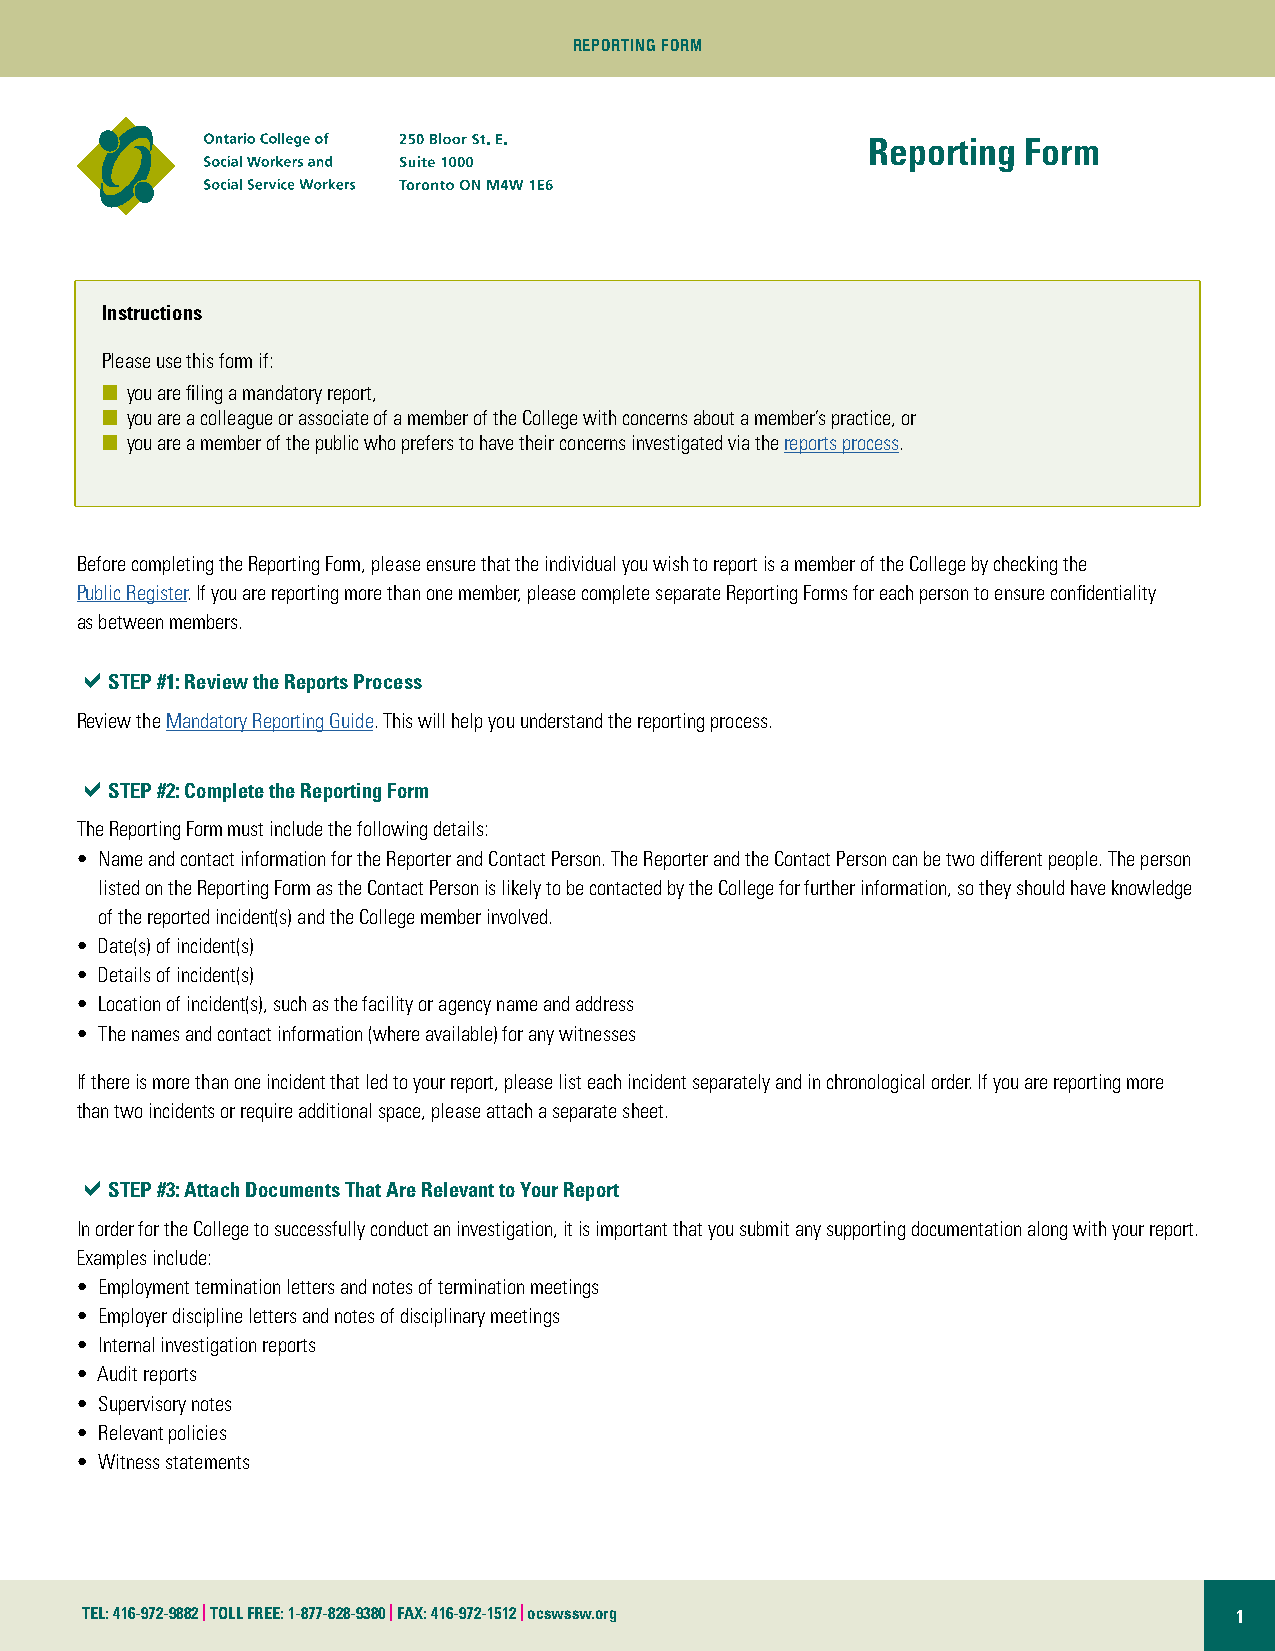
REPORTING FORM
 Reporting Form
 Instructions
 Please use this form if:
 n you are filing a mandatory report,
 n you are a colleague or associate of a member of the College with concerns about a member’s practice, or
 n you are a member of the public who prefers to have their concerns investigated via the reports process.
 Before completing the Reporting Form, please ensure that the individual you wish to report is a member of the College by checking the
 Public Register. If you are reporting more than one member, please complete separate Reporting Forms for each person to ensure confidentiality
 as between members.
 a
 STEP #1: Review the Reports Process
 Review the Mandatory Reporting Guide. This will help you understand the reporting process.
 a
 STEP #2: Complete the Reporting Form
 The Reporting Form must include the following details:
 • N ame and contact information for the Reporter and Contact Person. The Reporter and the Contact Person can be two different people. The person
 listed on the Reporting Form as the Contact Person is likely to be contacted by the College for further information, so they should have knowledge
 of the reported incident(s) and the College member involved.
 • Date(s) of incident(s)
 • Details of incident(s)
 • Location of incident(s), such as the facility or agency name and address
 • The names and contact information (where available) for any witnesses
 If there is more than one incident that led to your report, please list each incident separately and in chronological order. If you are reporting more
 than two incidents or require additional space, please attach a separate sheet.
 a
 STEP #3: Attach Documents That Are Relevant to Your Report
 In order for the College to successfully conduct an investigation, it is important that you submit any supporting documentation along with your report.
 Examples include:
 • Employment termination letters and notes of termination meetings
 • Employer discipline letters and notes of disciplinary meetings
 • Internal investigation reports
 • Audit reports
 • Supervisory notes
 • Relevant policies
 • Witness statements
 TEL: 416-972-9882 | TOLL FREE: 1-877-828-9380 | FAX: 416-972-1512 | ocswssw.org 1